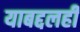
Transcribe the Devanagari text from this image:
याबद्दलही